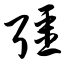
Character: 强